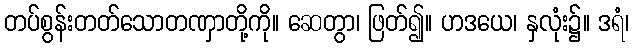
တပ်စွန်းတတ်သောတဏှာတို့ကို။ ဆေတွာ၊ ဖြတ်၍။ ဟဒယေ၊ နှလုံး၌။ ဒရံ၊